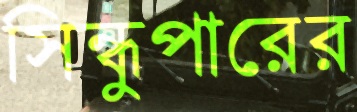
সিন্ধুপারের